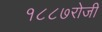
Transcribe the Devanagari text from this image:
१८८७रोजी